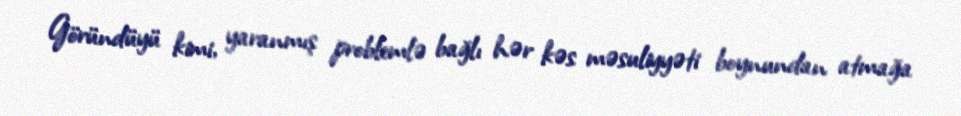
Göründüyü kimi, yaranmış problemlə bağlı hər kəs məsuliyyəti boynundan atmağa